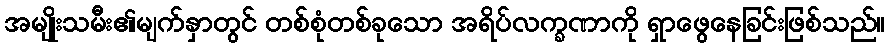
အမျိုးသမီး၏မျက်နှာတွင် တစ်စုံတစ်ခုသော အရိပ်လက္ခဏာကို ရှာဖွေနေခြင်းဖြစ်သည်။